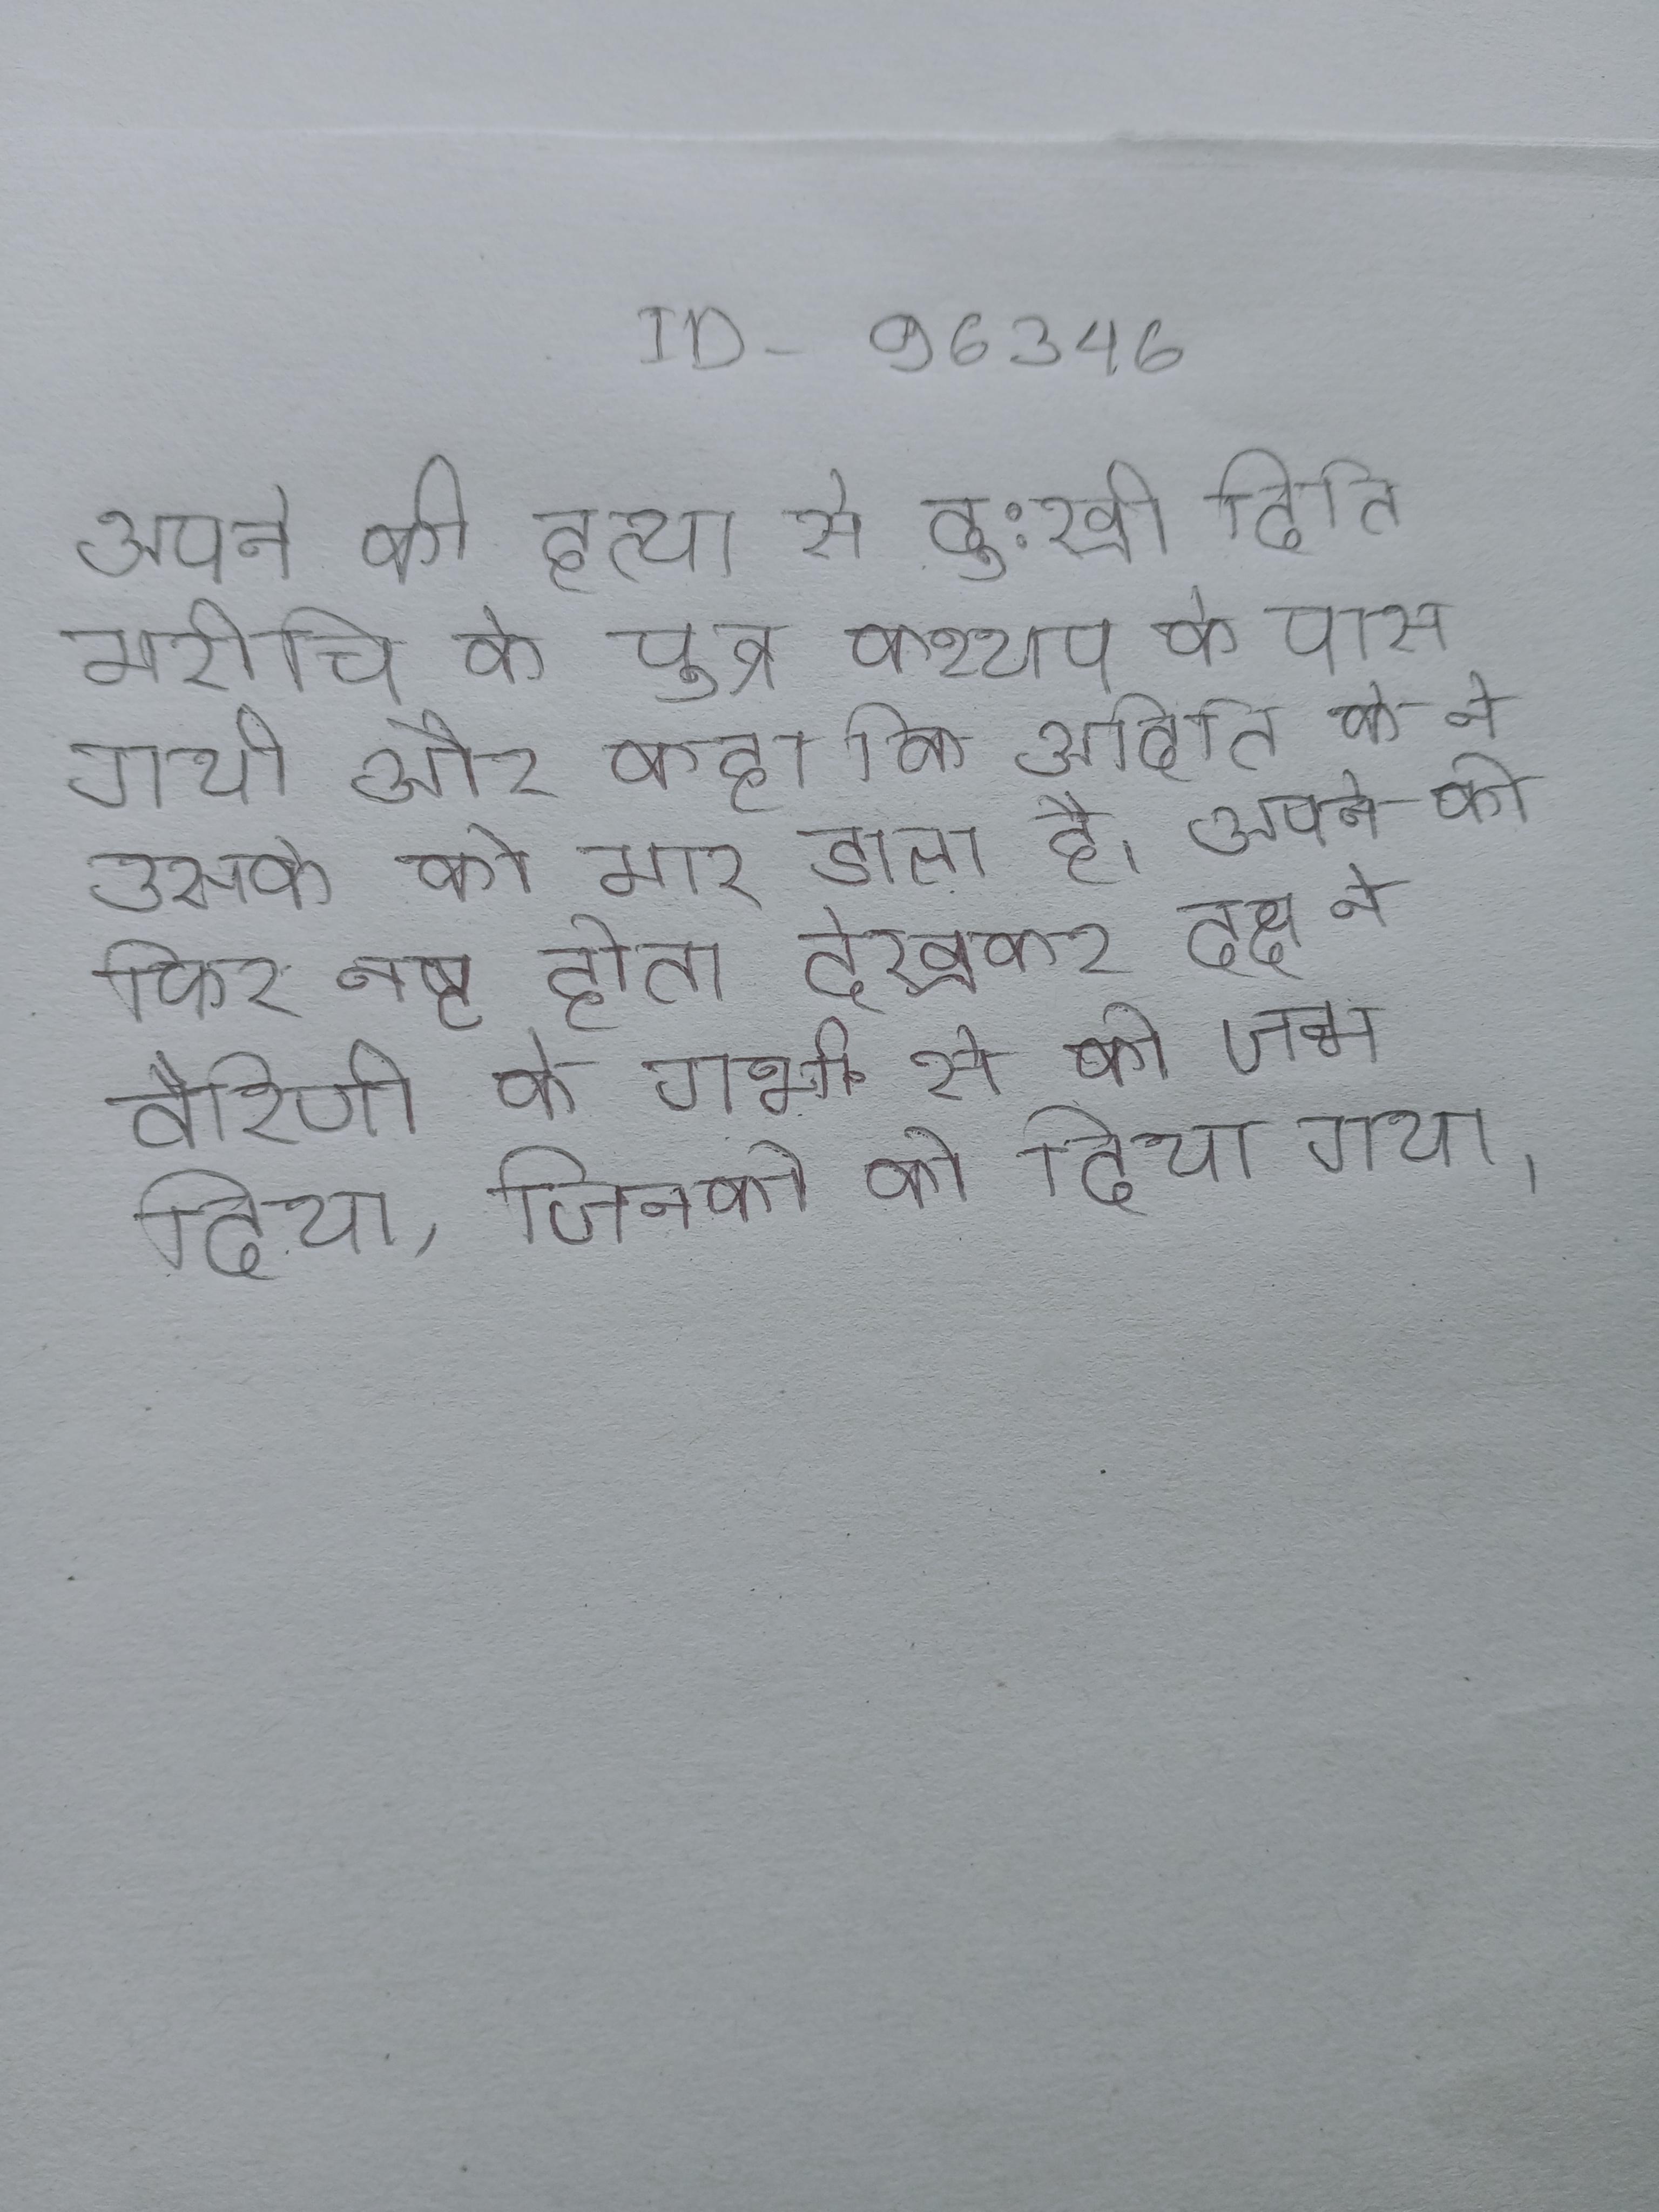
अपने की हत्या से दु:खी दिति मरीचि के पुत्र कश्यप के पास गयी और कहा कि अदिति के ने उसके को मार डाला है । अपने को फिर नष्ट होता देखकर दक्ष ने वैरिणी के गर्भ से को जन्म दिया, जिनको को दिया गया ।